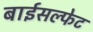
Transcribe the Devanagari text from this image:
बाईसल्फेट